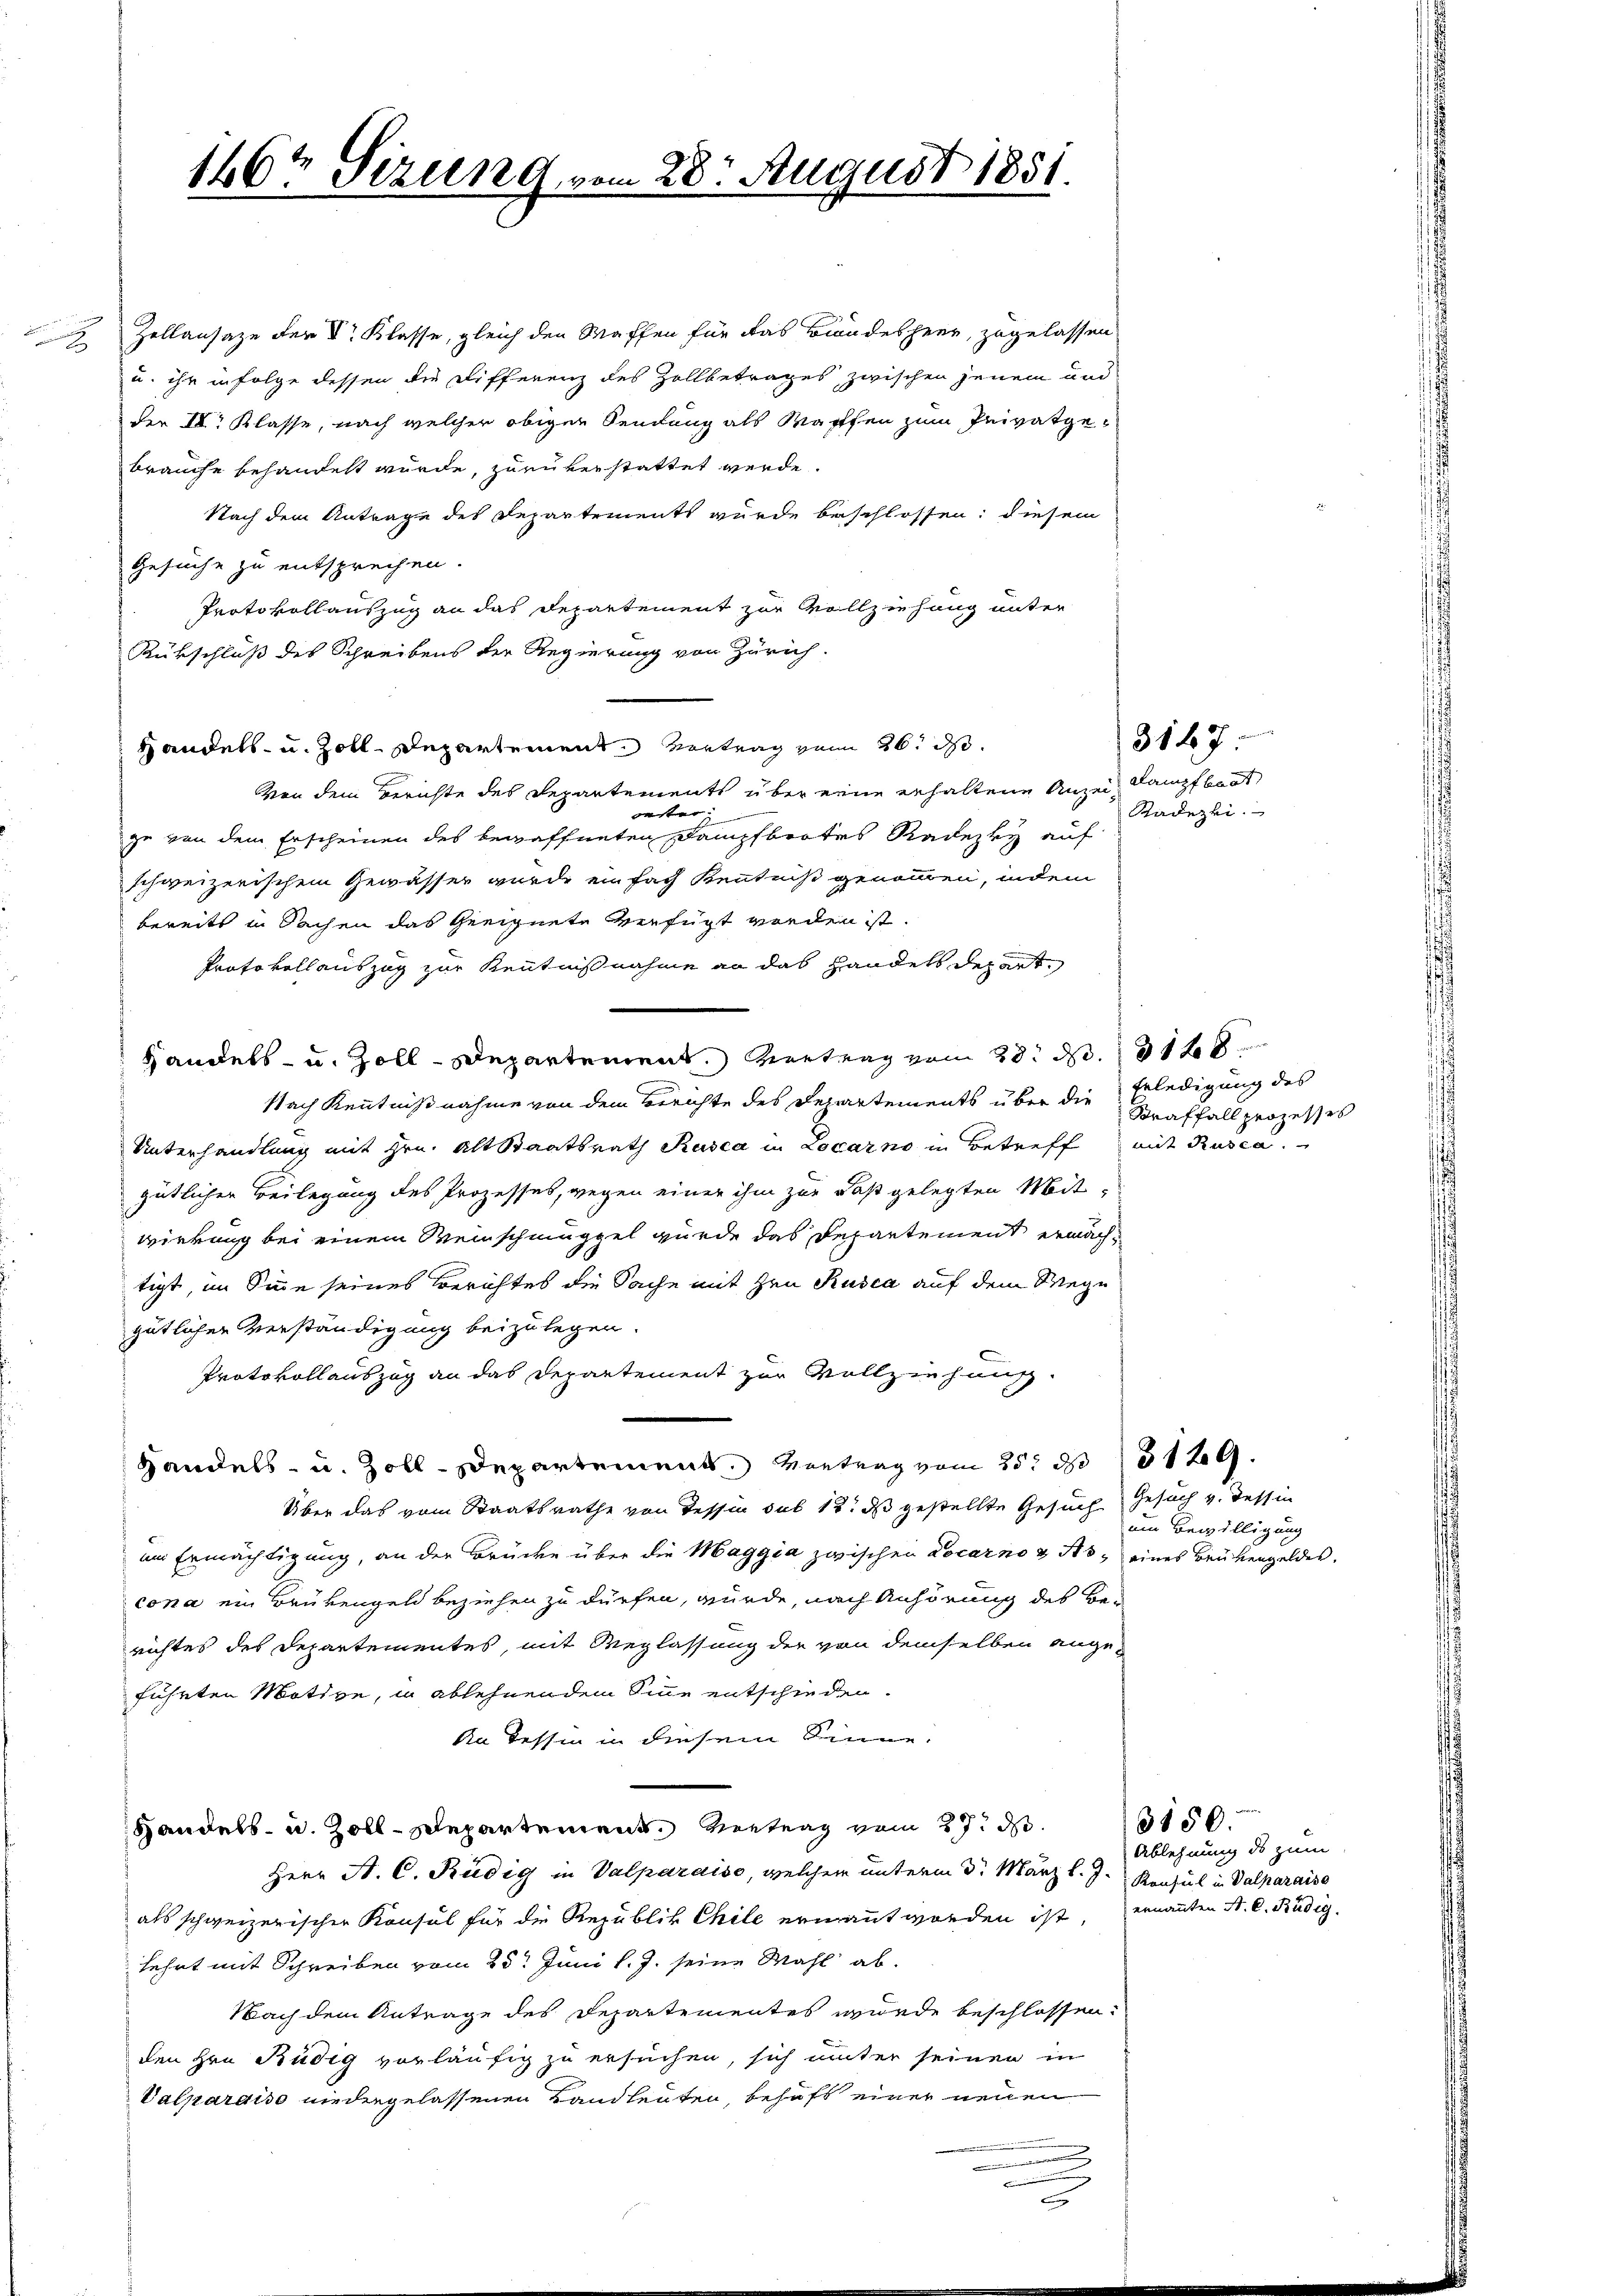
Zollansaze der V. Klasse, gleich den Waffen für das Brandesheer, zugelassen
u. ihr in Folge dessen die Differenz des Zollbetrages zwischen jenem und
der IV. Klasse, nach welcher obiger Sendung als Waffen zum Privatgebrauche behandelt wurde, zurükerstattet werde.
Nach dem Antrage des Repartements wurde beschlossen: diesem
Gesuche zu entsprechen.
Protokollauszug an das Departement zur Vollziehung unter
Rükschluß des Schreibens der Regierung von Zürich.
Handels- u. Zoll-Departement Vertrag vom 26. d.
Von dem Berichte des Departements über eine erhaltene Anzei, dampfboot
oester
zu von dem Erscheinen des bewaffneten Dampfbootes Radezky auf
schweizerischem Gewässer wurde einfach Kenntniß genommen, indem
bereits in Sachen das Geeignete verfügt worden ist.
Protokoll auszug zur Kenntnisnahme an das Handels Depart.
Handels- u. Zoll-Departement. Vertrag vom 28. d. 3128
Nach Kenntnißnahme von dem Berichte des Departements über die Erledigung des
Unterhandlung mit Hrn. Alt Staatsrath Rusca in Locarno in Betreff mit Rusca.
gütlicher Beilegung des Prozesses, wegen einer ihm zur daß gelegten Mit-
wirkung bei einem Weinschmüppel wurde das Departement ernachtigt, im Sinne seines Berichtes die Sache mit Hrn. Rusca auf dem Wege
gütlichen Verständigung beizulegen.
Protokollauszug an das Departement zur Vollziehung
Handels- u. Zoll-Departement. Vortrag vom 25. d. 3129.
Über das vom Staatsrathe von Tessin sub 12. ds gestellte Gesuch Gesuch v. Tessin
im Ermächtigung, an der Brücke über die Maggia zwischen Locarno & Sts, eines Brükengeldes.
cona ein Brükengeld beziehen zu dürfen, würde, nach Anhörung des Berichtes des Departementes, mit Weglassung der von demselben angeführten Motive, in ablehnenden Sinne entschieden.
ka Tessin in diesem Sinne.
Handels- u. Zoll-Departement. Vertrag vom 27. d.
Herr A. C. Rudig in Valparaiso, welcher unterm 3. März l. J. Konsul in Valparaiso
als schweizerischen Konsul für die Republik Chile ernannt worden ist, ernannten A. C. Rudig.
lehrt mit Schreiben vom 25t Juni l. J. seine Mahl ab-
Nach dem Antrage des Departementes wurde beschlossen:
den Hrn. Büdig vorläufig zu ersuchen, sich unter seinen in
Valparaiso niedergelassenen Landleuten, behufs einer neuen
g

146t Sizung vom 28. August 1851.

Kadezei

3147

Straffall prozesses

ein Bewilligung

3150.
Ablehnung ds zum